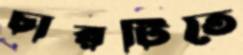
চারটিতে